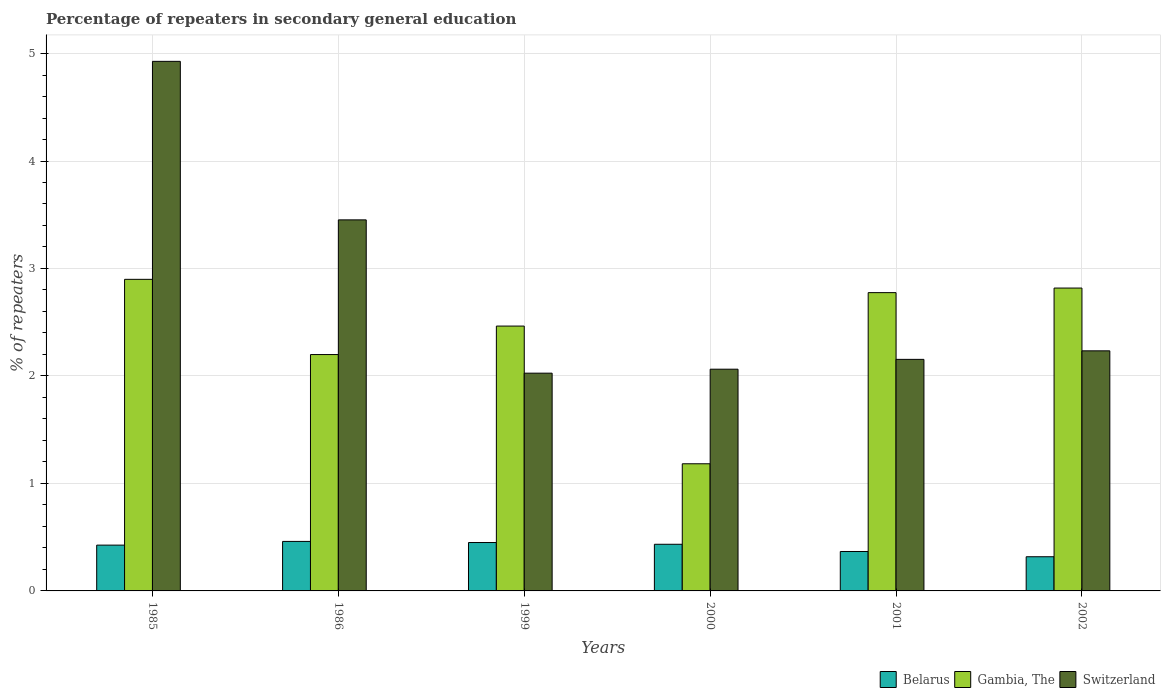
| Years | Belarus | Gambia, The | Switzerland |
 | --- | --- | --- | --- |
 | 1985 | 0.426 | 2.9 | 4.93 |
 | 1986 | 0.461 | 2.2 | 3.45 |
 | 1999 | 0.45 | 2.46 | 2.03 |
 | 2000 | 0.434 | 1.18 | 2.06 |
 | 2001 | 0.367 | 2.78 | 2.15 |
 | 2002 | 0.318 | 2.82 | 2.23 |